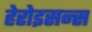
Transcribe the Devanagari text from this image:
हेरोइसन्स